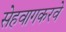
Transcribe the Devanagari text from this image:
सेहवागकरवे